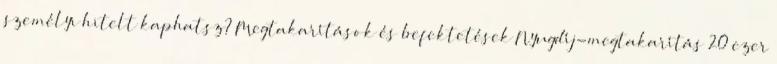
személyi hitelt kaphatsz? Megtakarítások és befektetések Nyugdíj-megtakarítás 20 ezer